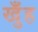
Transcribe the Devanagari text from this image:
खुँह